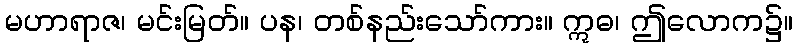
မဟာရာဇ၊ မင်းမြတ်။ ပန၊ တစ်နည်းသော်ကား။ ဣဓ၊ ဤလောက၌။